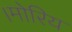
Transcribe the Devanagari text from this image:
।मोरिय